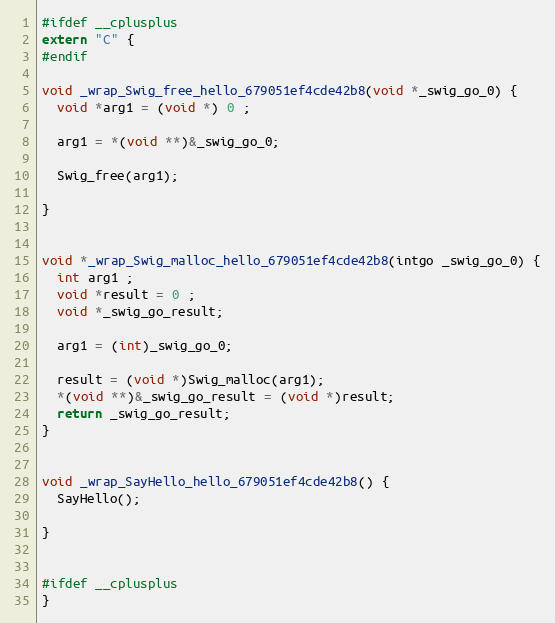
Language: C++
#ifdef __cplusplus
extern "C" {
#endif

void _wrap_Swig_free_hello_679051ef4cde42b8(void *_swig_go_0) {
  void *arg1 = (void *) 0 ;

  arg1 = *(void **)&_swig_go_0;

  Swig_free(arg1);

}

void *_wrap_Swig_malloc_hello_679051ef4cde42b8(intgo _swig_go_0) {
  int arg1 ;
  void *result = 0 ;
  void *_swig_go_result;

  arg1 = (int)_swig_go_0;

  result = (void *)Swig_malloc(arg1);
  *(void **)&_swig_go_result = (void *)result;
  return _swig_go_result;
}

void _wrap_SayHello_hello_679051ef4cde42b8() {
  SayHello();

}

#ifdef __cplusplus
}